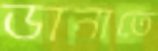
ডানাতে